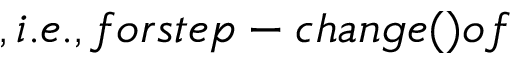
, i . e . , f o r s t e p - c h a n g e ( ) o f